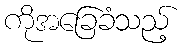
ကိုအခြေခံသည့်